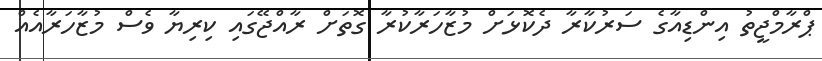
ޕްރާމްޖީތު އިންޑިއާގެ ސަރުކާރާ ދެކޮޅަށް މުޒާހަރާކުރާ ގޮތަށް ރާއްޖޭގައި ކިރިޔާ ވެސް މުޒާހަރާއެއް